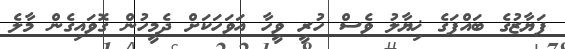
ފަޔާޒުގެ ބައްޕަގެ ޚިޔާލު ވެސް ހުރީ ވީހާ އަވަހަކަށް ދެމީހުން ގޮވައިގެން މާލެ